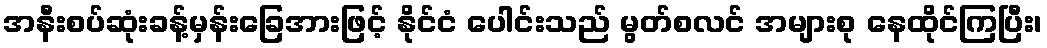
အနီးစပ်ဆုံးခန့်မှန်းခြေအားဖြင့် နိုင်ငံ ပေါင်းသည် မွတ်စလင် အများစု နေထိုင်ကြပြီး၊